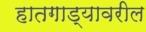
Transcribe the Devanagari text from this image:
हातगाड्यावरील